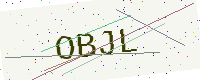
Text: OBJL